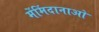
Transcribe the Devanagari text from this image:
मेंमिंदानाओ